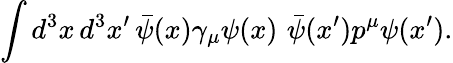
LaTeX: \int d^{3}x\, d^{3}x^{\prime}\, \bar{\psi}(x)\gamma_{\mu}\psi(x)\, \, \bar{\psi}(x^{\prime})p^{\mu}\psi(x^{\prime}).